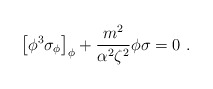
\begin{align*}\left[\phi^3\sigma_\phi\right]_\phi +{m^2\over\alpha^2\zeta^2}\phi\sigma=0~.\end{align*}